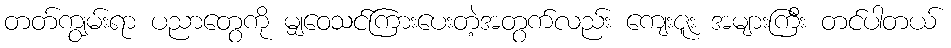
တတ်ကျွမ်းရာ ပညာတွေကို မျှဝေသင်ကြားပေးတဲ့အတွက်လည်း ကျေးဇူး အများကြီး တင်ပါတယ်